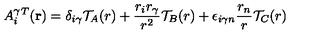
A _ { i } ^ { \gamma } ^ { T } ( { \bf r } ) = { \delta } _ { { i } { \gamma } } { \cal T } _ { A } ( r ) + \frac { r _ { i } r _ { \gamma } } { r ^ { 2 } } { \cal T } _ { B } ( r ) + { \epsilon } _ { i { \gamma } n } \frac { r _ { n } } { r } { \cal T } _ { C } ( r )